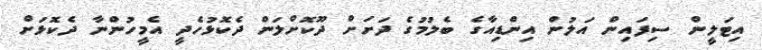
އިޓަލީން ސިފައިން އަލުން އިންޑިއާގެ ބެލުމުގެ ދަށަށް ދޫކޮށްލަން ދެކޮޅުހެދީ އެމީހުންނާ ދެކޮޅަށް